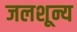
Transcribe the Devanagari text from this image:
जलशून्य